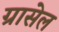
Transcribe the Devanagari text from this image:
ग्रासेल